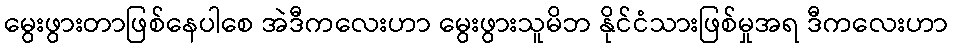
မွေးဖွားတာဖြစ်နေပါစေ အဲဒီကလေးဟာ မွေးဖွားသူမိဘ နိုင်ငံသားဖြစ်မှုအရ ဒီကလေးဟာ